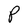
Character: P